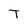
Character: T